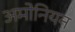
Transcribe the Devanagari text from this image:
अमोनियन